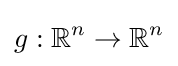
g:\mathbb {R} ^{n}\rightarrow \mathbb {R} ^{n}